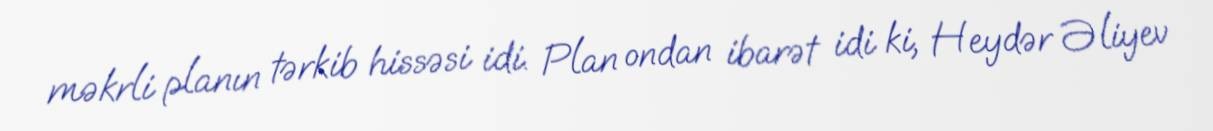
məkrli planın tərkib hissəsi idi. Plan ondan ibarət idi ki, Heydər Əliyev